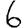
Digit: 6